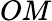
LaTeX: OM